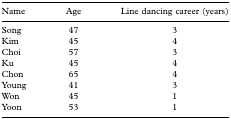
<table><thead><tr><td><b>Name</b></td><td><b>Age</b></td><td><b>Line dancing career (years)</b></td></tr></thead><tbody><tr><td>Song</td><td>47</td><td>3</td></tr><tr><td>Kim</td><td>45</td><td>4</td></tr><tr><td>Choi</td><td>57</td><td>3</td></tr><tr><td>Ku</td><td>45</td><td>4</td></tr><tr><td>Chon</td><td>65</td><td>4</td></tr><tr><td>Young</td><td>41</td><td>3</td></tr><tr><td>Won</td><td>45</td><td>1</td></tr><tr><td>Yoon</td><td>53</td><td>1</td></tr></tbody></table>